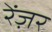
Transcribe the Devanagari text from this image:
रेंज़र